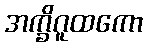
အက္ခိဂူထကော